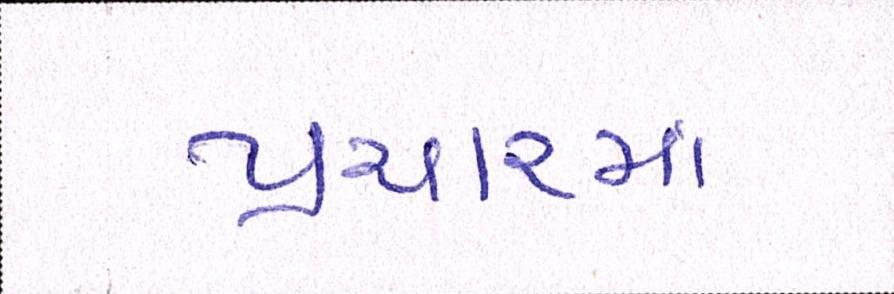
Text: પ્રચારમાં